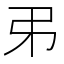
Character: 𢎨